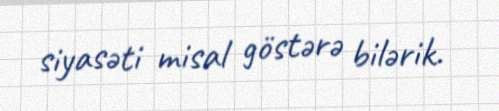
siyasəti misal göstərə bilərik.